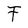
Character: F